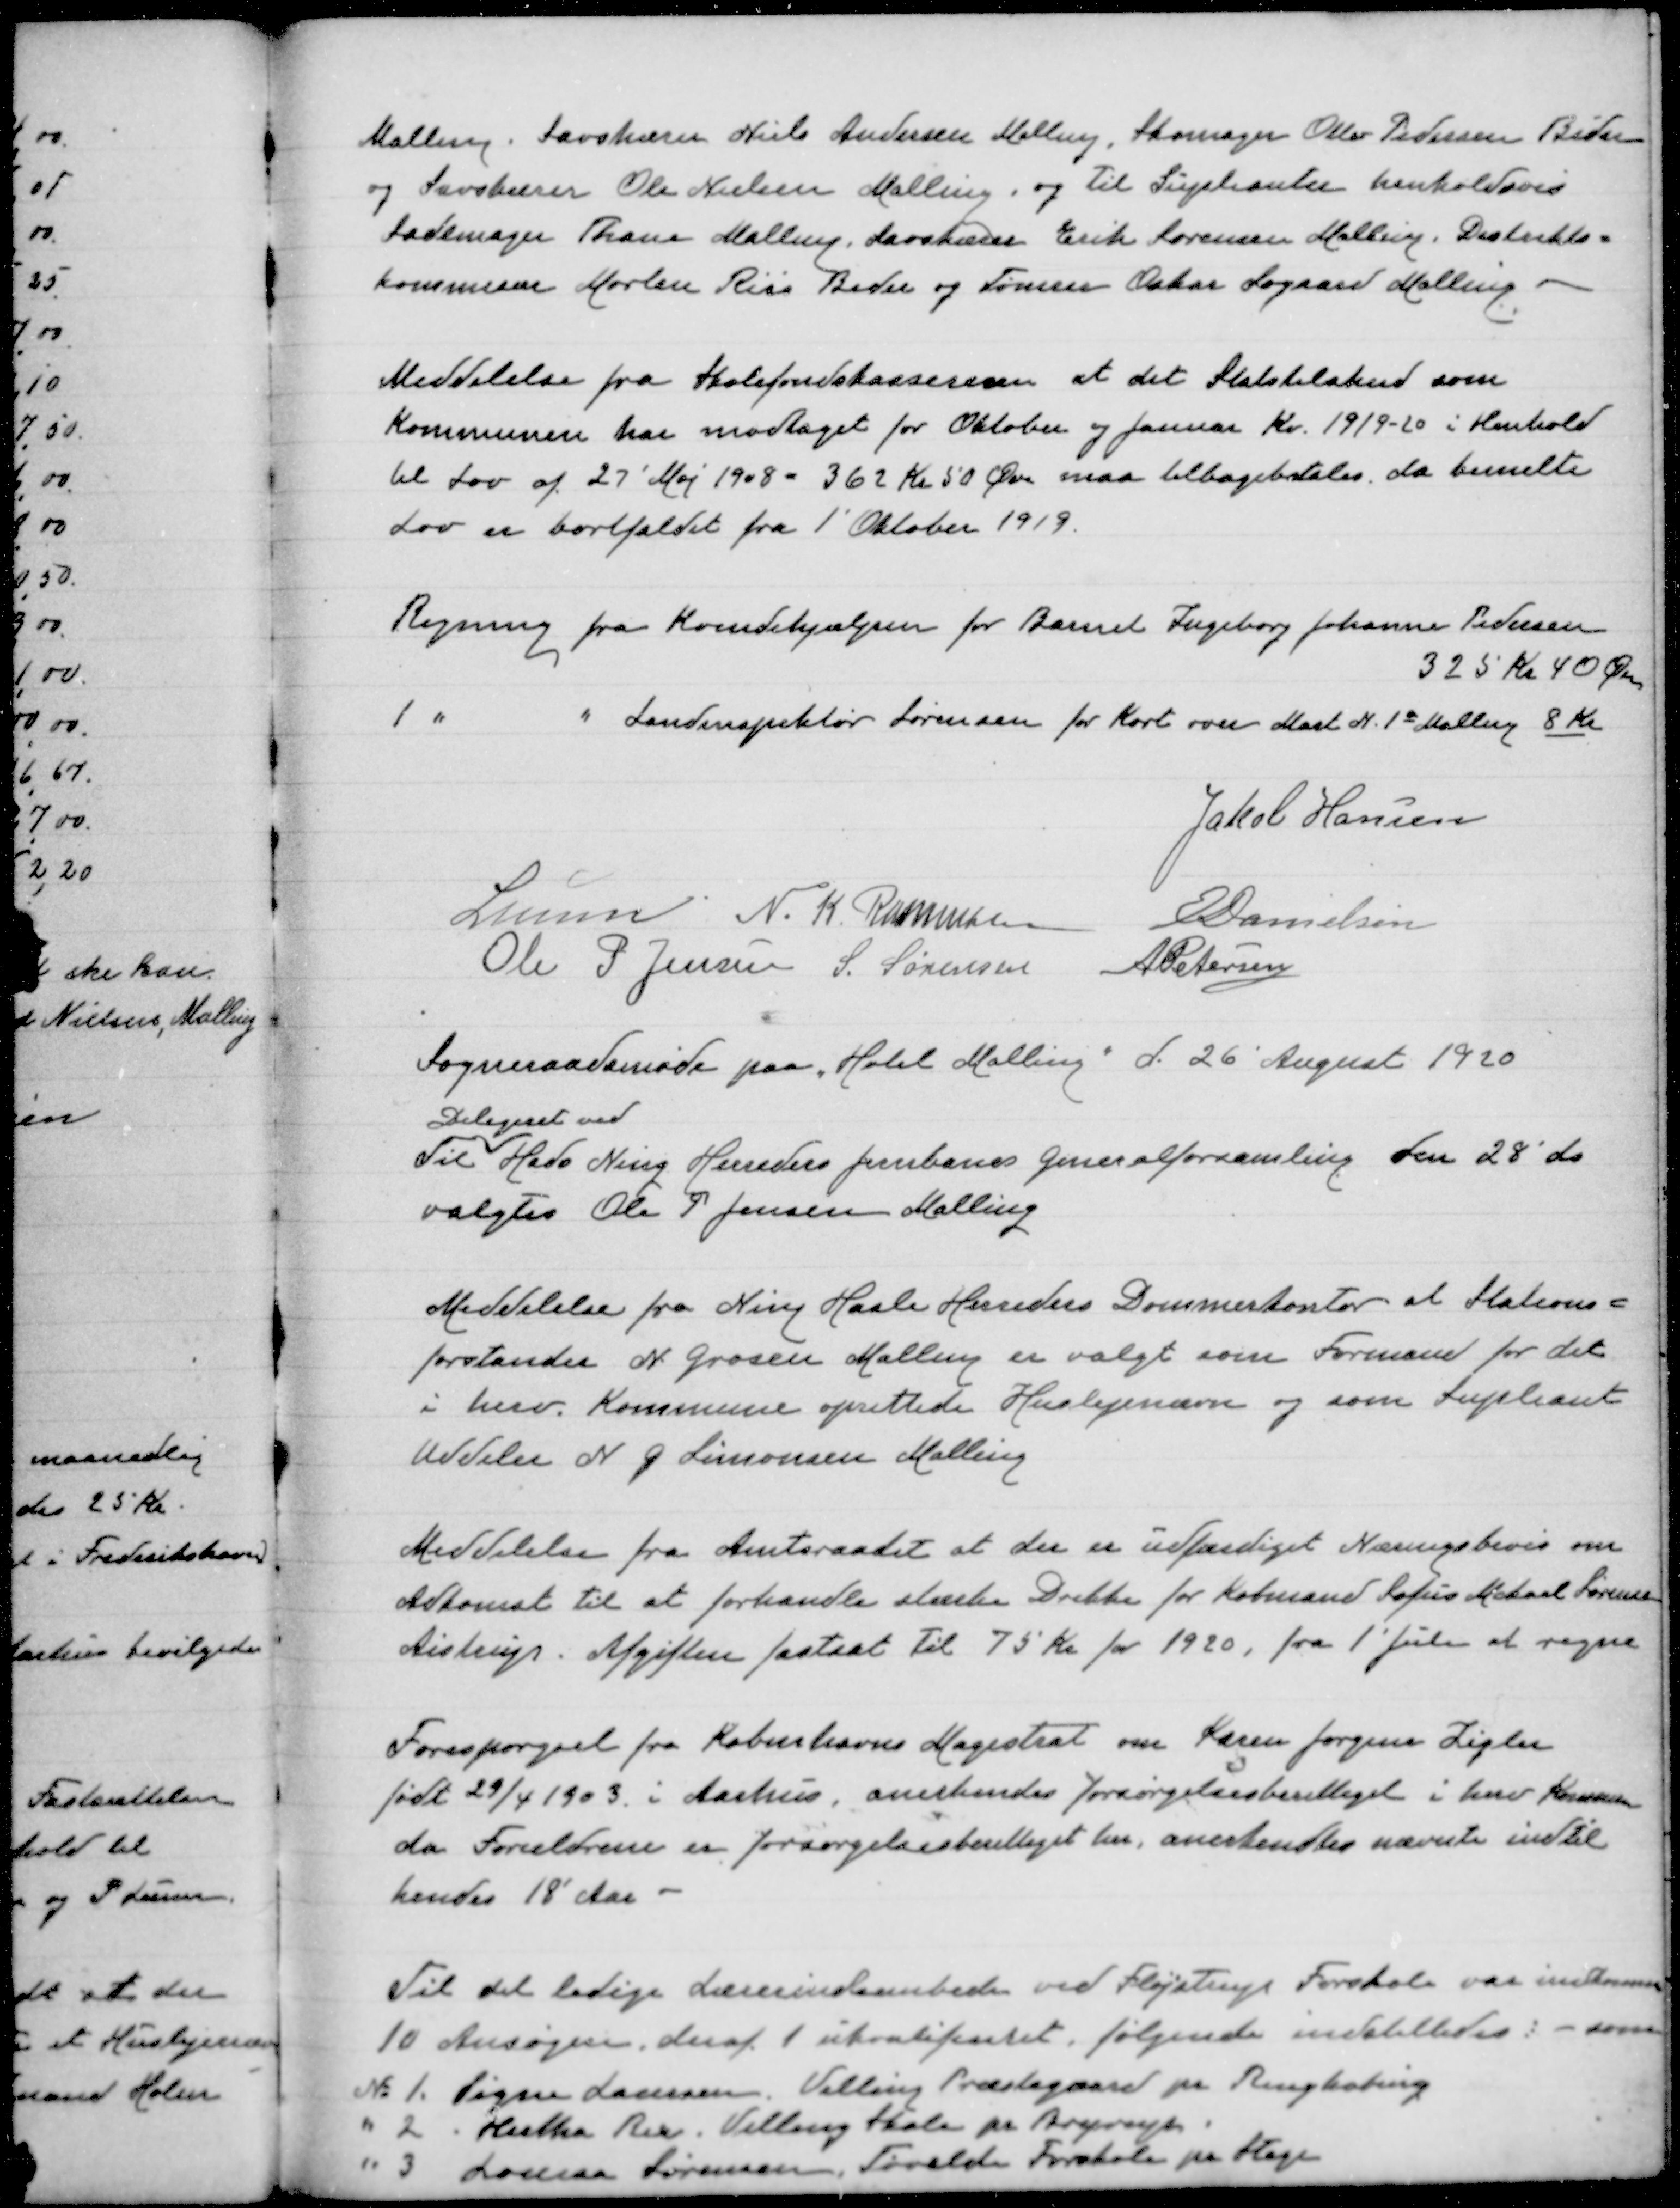
Transskription:
Malling. Savskærer Niels Andersen Malling, Skomager Ottar Pedersen Beder
og Savskærer Ole Nielsen, Malling, og til Suplianter henholdsvis
Sademager Thane Malling, Savskærer Erik Sørensen Malling, Distrikts=
kommisær Morten Riis Beder og Tømrer Oskar Søgaard Malling

Meddelelse fra Skolefondskassereren at det Statstilskud som
Kommunen har modtaget for Oktober og Januar Kv. 1919-20 i Henhold
til lov af 27' Maj 1908 = 362 Kr 50 Øre maa tilbagebetales da bemelte
Lov er bortfaldet fra 1' Oktober 1919

Regning fra Kvindehjælpen for Barnet Ingeborg Johanne Pedersen
325 Kr 40 Øre
1 "
" Landsinspektør Sørensen for Kort over Matr. N. 1a Malling 8 Kr

Jakob Hansen
Lunn
N. K. Rasmussen
E Danielsen
Ole P Jensen
S. Sørensen
A Petersen

Sogneraadsmøde paa Hotel Malling d. 25' August 1920
Til
Delegeret ved
Hads Ning Herreders Jernbanes Generalforsamling den 28' ds
valgtes Ole P. Jensen Malling

Meddelelse fra Ning Hasle Herreders Dommerkontor at Stations=
forstander N. Grosen Malling er valgt som Formand for det
i herv. Kommune oprettede Huslejenævn og som Supliant
Uddeler N. G. Simonsen Malling

Meddelelse fra Amtsraadet at der er udfærdiget Næringsbevis om
Adkomst til at forhandlestærke Drikke for Købmand Sofus Mikael Sørensen
Aistrup. Afgiften fastsat til 75 Kr for 1920, fra 1' juli at regne

Forespørgsel fra Københavns Magistrat om Karen Jørgens Zigler
født 29/4 1903 i Aarhus, anerkendes forsørgelsesberettiget i herv. Kommune
da Forældrene er forsørgelsesberettiget her, anerkendtes nævnte indtil
hendes 18' Aar

Til det ledige Lærerindeembede ved Fløjstrup Forskole var indkommet
10 Ansøgere, deraf 1 ukvalificeret, følgende indstilledes: - som
№ 1. Signe Laursen, Velling Præstegaard pr Ringkøbing
" 2. Hertha Rex, Velling Skole pr.
" 3. Lorena Sørensen, Tøvelde Forskole, pr. Stege